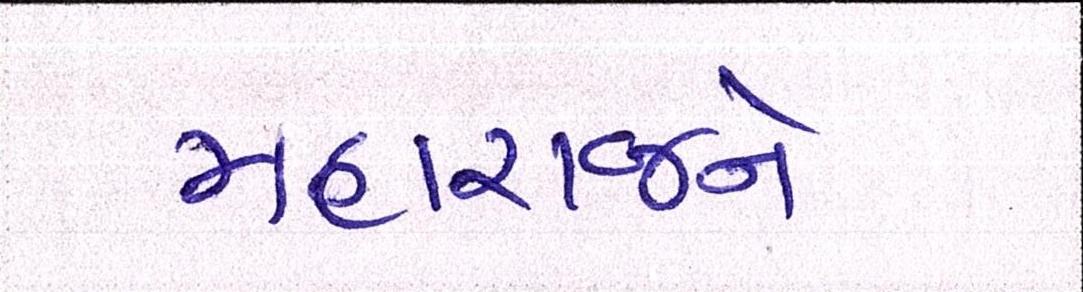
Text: મહારાજને